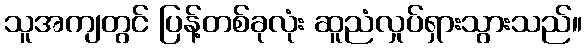
သူအကျတွင် ပြန့်တစ်ခုလုံး ဆူညံလှုပ်ရှားသွားသည်။